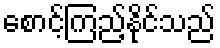
စောင့်ကြည့်နိုင်သည်